Civil Veterinary Department Bengal reports 1933-51 - 1933-1951
Year: 1933
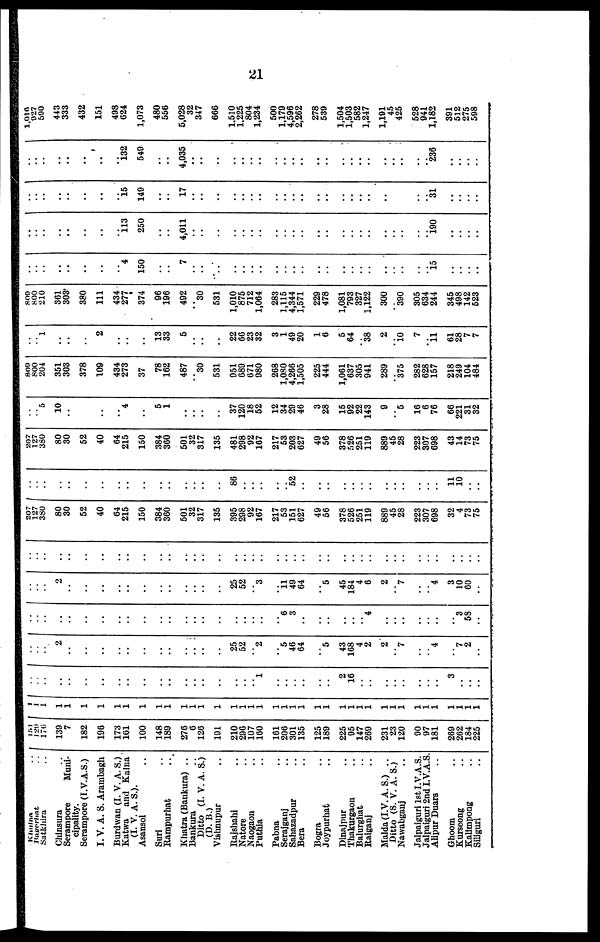
21
Khulna ..
Bagerhat ..
Satkhira ..
Chinsura ...
Serampore
Muni-
cipality.
Serampore (I.V.A.S.)
I. V. A. S. Arambagh
Burdwan (I. V. A. S.)
Kutwa and Kalna
(I. V. A. S.).
Asansol ..
Suri ..
Rampurhat ..
Khatra (Bankura) ..
Bankura ..
Ditto (I. V. A. S.)
(D. B.)
Vishnupur ..
Rajshahi ..
Natore ..
Naogaon ..
Puthia ..
Pabna ..
Serajganj ..
Sahazadpur ..
Bera ..
Bogra ..
Joypurhat ..
Dinajpur ..
Thakurgaon ..
Balurghat ..
Raiganj ..
Malda (I.V. A. S.) ..
Ditto (S. V. A. S.)
Nawabganj ..
Jalpaiguri 1st I.V.A.S.
Jalpaiguri 2nd I.V.A.S.
Alipur Duars ..
Ghoom ..
Kurseong ..
Kalimpong ..
Siliguri ..
151
129
176
139
7
182
196
173
161
100
148
189
276
6
126
191
210
296
107
160
161
206
301
135
125
189
225
95
147
269
231
23
120
90
97
181
269
262
184
225
1
1
1
1
1
1
1
1
1
1
1
1
1
1
1
1
1
1
1
1
1
1
1
1
1
1
1
1
1
1
1
1
1
1
1
1
1
1
1
1
1
1
..
..
..
..
..
..
..
..
..
..
..
..
..
..
..
..
..
..
..
..
.. 1
..
..
..
..
..
..
2
16
..
..
..
..
..
..
..
..
3
..
..
..
..
..
..
2
..
..
..
..
..
..
..
..
..
..
..
..
..
..
25
52
.. 2
..
5
46
64
..
5
43
168
4
2
2
.. 7
..
.. 4
..
7
2
..
..
..
..
..
..
..
..
..
..
..
..
..
..
..
..
..
..
..
..
..
..
..
..
6
3
..
..
..
..
..
.. 4
..
..
..
..
..
..
..
3
53
..
..
..
..
2
..
..
..
..
..
..
..
..
..
..
..
..
..
..
25
52
.. 3
..
11
49
64
..
5
45
184
4
6
2
7
..
.. 4
3
10
60
..
....
.. ..
..
..
..
..
..
..
..
..
..
..
..
..
..
..
..
..
..
..
..
..
..
..
..
..
..
..
..
..
..
..
..
..
..
..
..
..
..
..
..
..
207
127
380
80
30
52
40
64
215
150
384
300
501
32
317
135
395
298
92
167
217
53
151
627
49
56
378
526
251
119
889
45
28
223
307
698
32
4
73
75
...
..
..
..
..
..
..
..
..
..
..
..
..
..
..
..
..
..
86
..
..
..
..
.. 52
..
..
..
..
..
..
..
..
..
..
..
..
..
11
10
..
..
207
127
360
80
30
62
40
64
215
150
384
300
501
32
317
135
481
298
92
107
217
53
203
627
49
56
378
526
251
119
889
45
28
223
307
698
43
14
73
75
..
.. 5
10
..
..
..
..
4
..
..
5
1
..
..
..
..
..
37
120
18
52
12
34
29
46
3
28
15
92
22
143
9
.. 6
16
6
76
66
221
31
32
809
800
204
351
303
378
109
434
273
37
78
162
487
30
531
951
089
671
980
268
1,080
4,266
1,505
225
444
1,061
637
305
941
289
375
282
628
157
218
249
104
484
..
.. 1
..
..
..
2
..
..
..
..
13
33
5
..
..
..
..
22
66
23
32
3
1
49
20
1
6
6
64
.. 38
2
..
10
7
..
11
61
28
7
7
800
800
210
361
303
380
111
434
277
374
96
196
492
30
531
1,010
875
712
1,064
283
1,115
4,344
1,571
229
478
1,081
793
327
1,122
300
390
305
634
244
345
498
142
623
..
..
..
..
..
..
..
..
4
150
..
..
7
..
..
..
..
..
..
..
..
..
..
..
..
..
..
..
..
..
..
..
..
..
..
15
..
..
..
..
..
..
..
..
..
..
..
..
113
250
..
..
4,011
..
..
..
..
..
..
..
..
..
..
..
..
..
..
..
..
..
..
..
..
..
..
..
190
..
..
..
..
..
..
..
..
..
..
..
..
15
.. 149
..
..
17
..
..
..
..
..
..
..
..
..
..
..
..
..
..
..
..
..
..
..
..
..
..
.. 31
..
..
..
..
..
..
..
..
..
..
..
i32
540
..
..
4,036
..
..
..
..
..
..
..
..
..
..
..
..
..
..
..
..
..
..
..
..
..
..
.. 236
..
..
..
..
1,016
027
600
443
333
432
151
498
024
1,073
480
556
5,028
32
347
660
1,510
1.225
804
1,234
500
1,179
4,596
2,262
278
539
1,504
1,503
582
1,247
1,101
45
425
528
941
1,182
391
512
275
598